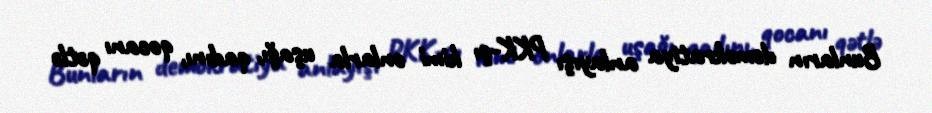
Bunların demokratiya anlayışı PKK-çı kimi onlarla uşağı, qadını, qocanı qətlə